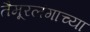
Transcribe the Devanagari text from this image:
तैमूरलंगाच्या